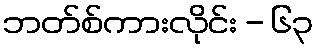
ဘတ်စ်ကားလိုင်း - ၆၃